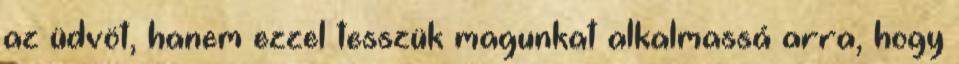
az üdvöt, hanem ezzel tesszük magunkat alkalmassá arra, hogy